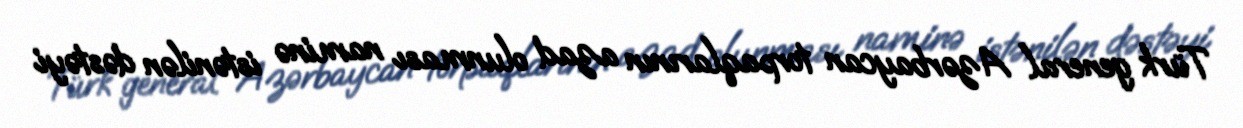
Türk general Azərbaycan torpaqlarının azad olunması naminə istənilən dəstəyi